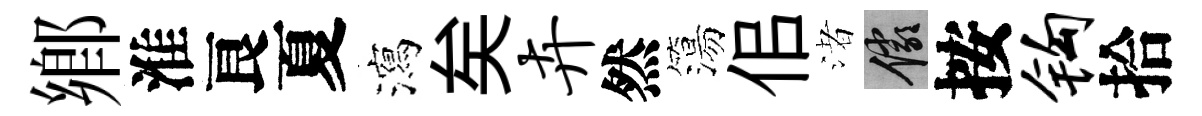
鄉淮良夏瀉矣卉然簜佀渚儼按钩拾